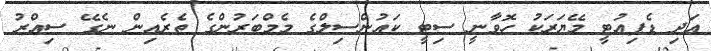
އަދި ޑެޕިއުޓީ މޭޔަރަކު ހޮވާނީ ސިޓީ ކައުންސިލްގެ މެމްބަރުންގެ ތެރެއިން ނެގޭ ސިއްރު